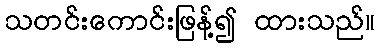
သတင်းကောင်းဖြန့်၍ ထားသည်။